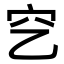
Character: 穵